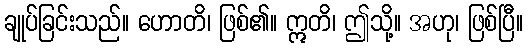
ချုပ်ခြင်းသည်။ ဟောတိ၊ ဖြစ်၏။ ဣတိ၊ ဤသို့။ အဟု၊ ဖြစ်ပြီ။